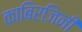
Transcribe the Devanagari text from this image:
काबिरजिनी